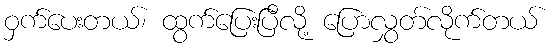
ဝှက်ပေးတယ်၊ ထွက်ပြေးပြီလို့ ပြောလွှတ်လိုက်တယ်